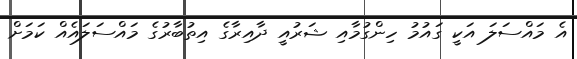
އެ މައްސަލަ އަކީ ގައުމު ހިންގުމާއި ޝަރުއީ ދާއިރާގެ އިތުބާރުގެ މައްސަލައެއް ކަމަށް